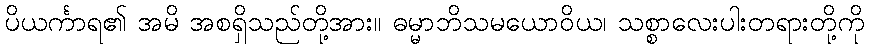
ပိယင်္ကာရ၏ အမိ အစရှိသည်တို့အား။ ဓမ္မာဘိသမယောဝိယ၊ သစ္စာလေးပါးတရားတို့ကို